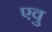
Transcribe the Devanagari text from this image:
एवु